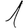
Digit: 1